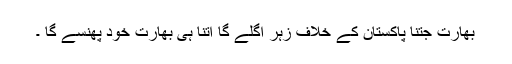
بھارت جتنا پاکستان کے خلاف زہر اگلے گا اتنا ہی بھارت خود پھنسے گا ۔